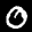
Label: 0